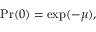
\operatorname* { P r } ( 0 ) = \exp ( - \mu ) ,